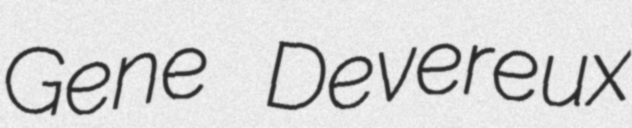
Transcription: Gene Devereux